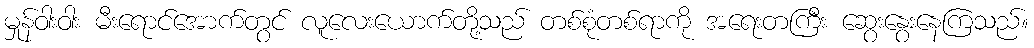
မှုန်ဝါးဝါး မီးရောင်အောက်တွင် လူလေးယောက်တို့သည် တစ်စုံတစ်ရာကို အရေးတကြီး ဆွေးနွေးနေကြသည်။